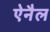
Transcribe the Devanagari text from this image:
ऐनैल